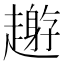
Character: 𧾅